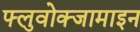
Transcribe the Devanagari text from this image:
फ्लुवोक्जामाइन